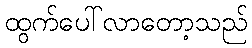
ထွက်ပေါ်လာတော့သည်